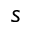
s